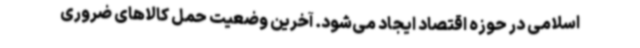
اسلامی در حوزه اقتصاد ایجاد می‌شود. آخرین وضعیت حمل کالاهای ضروری